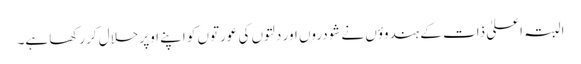
البتہ اعلیٰ ذات کے ہندوؤں نے شودروں اور دلتوں کی عورتوں کو اپنے اوپر حلال کررکھا ہے۔